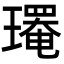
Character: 𤪄